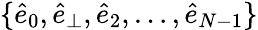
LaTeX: \{ \hat{e}_{0},\hat{e}_{\perp},\hat{e}_{2},\dots,\hat{e}_{N-1}\}